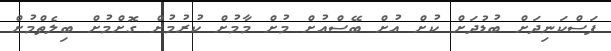
ފަސްކަނިދަށް ބުޑުދަށް ކުށް އުށް ބޭސްއުށް މުށް މާމުށް ކުރުމުށް ގޮށްމުށް ބިލެތްމުށް